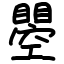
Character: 瞾